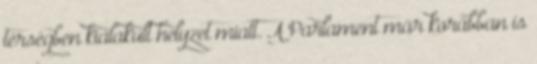
térségben kialakult helyzet miatt. A Parlament már korábban is